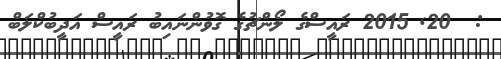
:  20